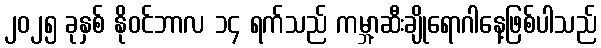
၂၀၂၅ ခုနှစ် နိုဝင်ဘာလ ၁၄ ရက်သည် ကမ္ဘာ့ဆီးချိုရောဂါနေ့ဖြစ်ပါသည်